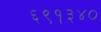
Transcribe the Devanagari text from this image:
६९१३४०